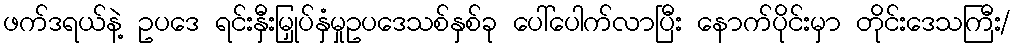
ဖက်ဒရယ်နဲ့ ဥပဒေ ရင်းနှီးမြှုပ်နှံမှုဥပဒေသစ်နှစ်ခု ပေါ်ပေါက်လာပြီး နောက်ပိုင်းမှာ တိုင်းဒေသကြီး/